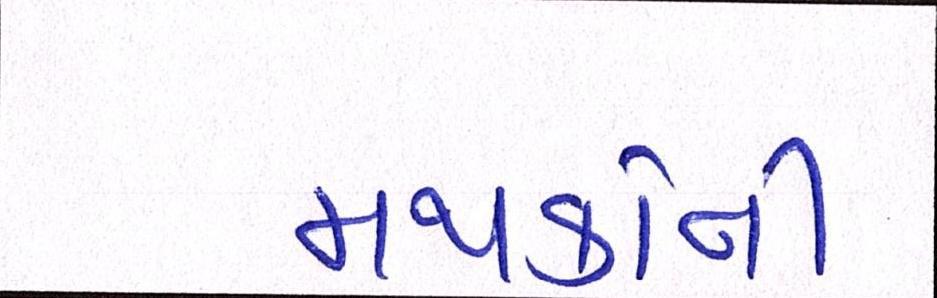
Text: મથકોની